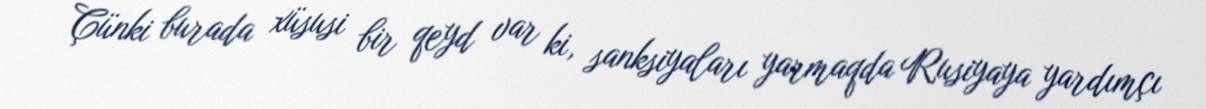
Çünki burada xüsusi bir qeyd var ki, sanksiyaları yarmaqda Rusiyaya yardımçı